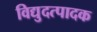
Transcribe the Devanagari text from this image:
विद्युदत्पादक